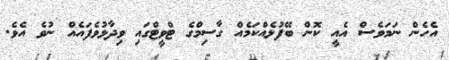
އެހެން ނަމަވެސް އެއީ ކޮން ބޭފުޅެއްކަމެއް ގާސިމްގެ ޓްވީޓްގައި ވިދާޅުވެފައެއް ނުވެ އެވެ.